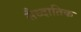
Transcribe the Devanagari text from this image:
सैध्दातिक